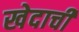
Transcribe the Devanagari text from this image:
खेदाची